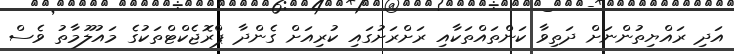
އަދި ރައްޔިތުންނަށް ދަތިވާ ކަންތައްތަކާއި ރަށްރަށުގައި ކުރިއަށް ގެންދާ ޕްރޮޖެކްޓްތަކުގެ މައުލޫމާތު ވެސް